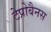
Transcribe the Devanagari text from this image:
टेप्रोबैनस